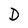
Character: D